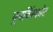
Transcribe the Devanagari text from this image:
पुनर्विस्फोट